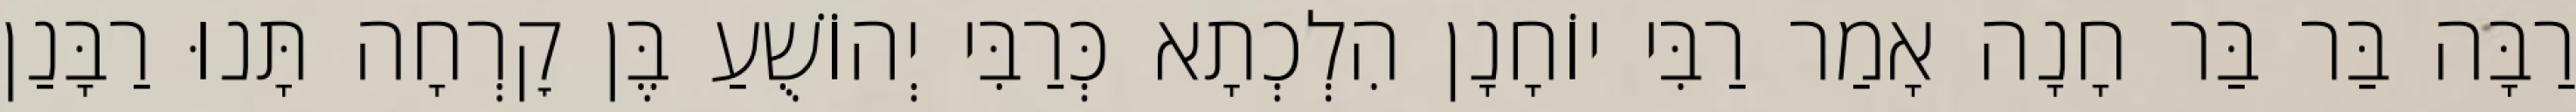
רַבָּה בַּר בַּר חָנָה אָמַר רַבִּי יוֹחָנָן הִלְכְתָא כְּרַבִּי יְהוֹשֻׁעַ בֶּן קׇרְחָה תָּנוּ רַבָּנַן